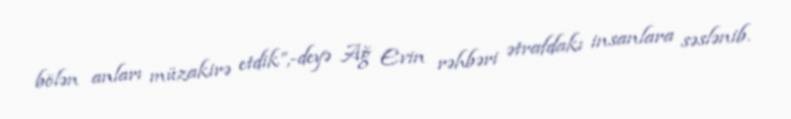
bölən anları müzakirə etdik”,-deyə Ağ Evin rəhbəri ətrafdakı insanlara səslənib.